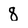
Character: 8